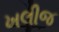
ખલીજ